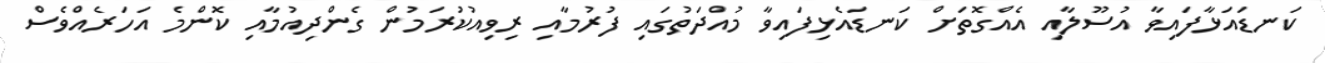
ކަނޑައަޅާފައިވާ އުސޫލާއި އެއްގޮތަށް ކަނޑައެޅިފައިވާ މުއްދަތުގައި ފުރުމާއި ރިވިއުކުރަމުން ގެންދިއުމާއި ކޮންމެ އަހަރެއްވެސް